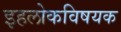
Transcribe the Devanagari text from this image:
इहलोकविषयक